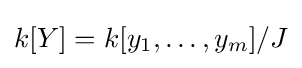
k[Y]=k[y_{1},\dots ,y_{m}]/J